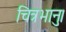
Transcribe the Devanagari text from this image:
चित्रभानु।